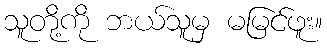
သူတို့ကို ဘယ်သူမှ မမြင်ဖူး။